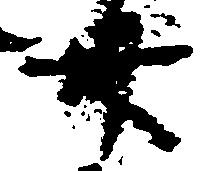
卅